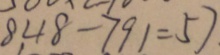
8 4 8 - 7 9 1 = 5 7